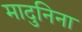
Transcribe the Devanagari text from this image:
मादुनिना